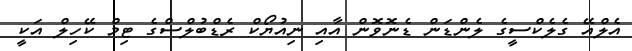
އެލްއޭ ގެލެކްސީގެ ލެންޑަން ޑެނޮވޮން އާއި ނިއުޔޯކް ރެޑްބުލްސްގެ ޓިމް ކޭހިލް އަކީ